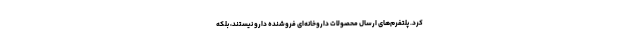
کرد. پلتفرم‌های ارسال محصولات داروخانه‌ای فروشنده دارو نیستند، بلکه